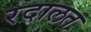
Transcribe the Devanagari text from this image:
रदालत